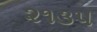
૨૧૩૫